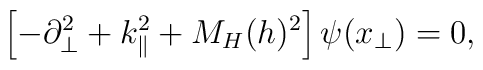
\left[ -\partial_{\bot}^2+k_{\|}^2+M_H(h)^2 \right]  \psi(x_{\bot})=0,